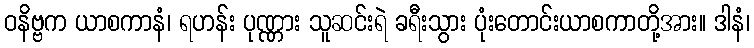
ဝနိဗ္ဗက ယာစကာနံ၊ ရဟန်း ပုဏ္ဏား သူဆင်းရဲ ခရီးသွား ပုံးတောင်းယာစကာတို့အား။ ဒါနံ၊